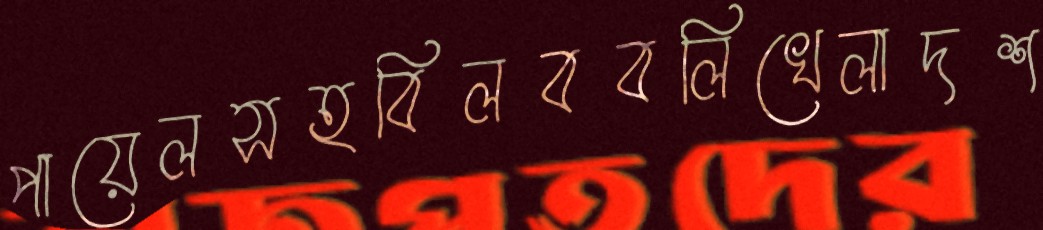
পায়েলসহবিলববলিখেলাদশ